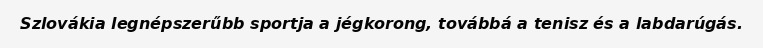
Szlovákia legnépszerűbb sportja a jégkorong, továbbá a tenisz és a labdarúgás.